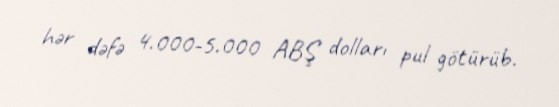
hər dəfə 4.000-5.000 ABŞ dolları pul götürüb.